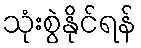
သုံးစွဲနိုင်ရန်